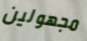
مجهولين